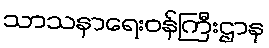
သာသနာရေးဝန်ကြီးဌာန